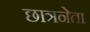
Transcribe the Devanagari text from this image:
छात्रनेता